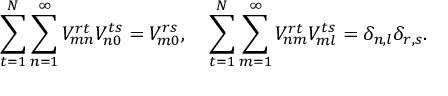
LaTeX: \sum _ { t = 1 } ^ { N } \sum _ { n = 1 } ^ { \infty } V _ { m n } ^ { r t } V _ { n 0 } ^ { t s } = V _ { m 0 } ^ { r s } , \ \ \ \sum _ { t = 1 } ^ { N } \sum _ { m = 1 } ^ { \infty } V _ { n m } ^ { r t } V _ { m l } ^ { t s } = \delta _ { n , l } \delta _ { r , s } .